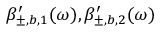
\beta _ { \pm , b , 1 } ^ { \prime } ( \omega ) , \beta _ { \pm , b , 2 } ^ { \prime } ( \omega )